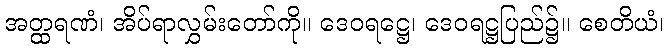
အတ္ထရဏံ၊ အိပ်ရာလွှမ်းတော်ကို။ ဒေဝရဋ္ဌေ၊ ဒေဝရဋ္ဌပြည်၌။ စေတိယံ၊